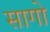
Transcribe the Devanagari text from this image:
सागो